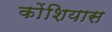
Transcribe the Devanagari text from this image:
कोंशियास